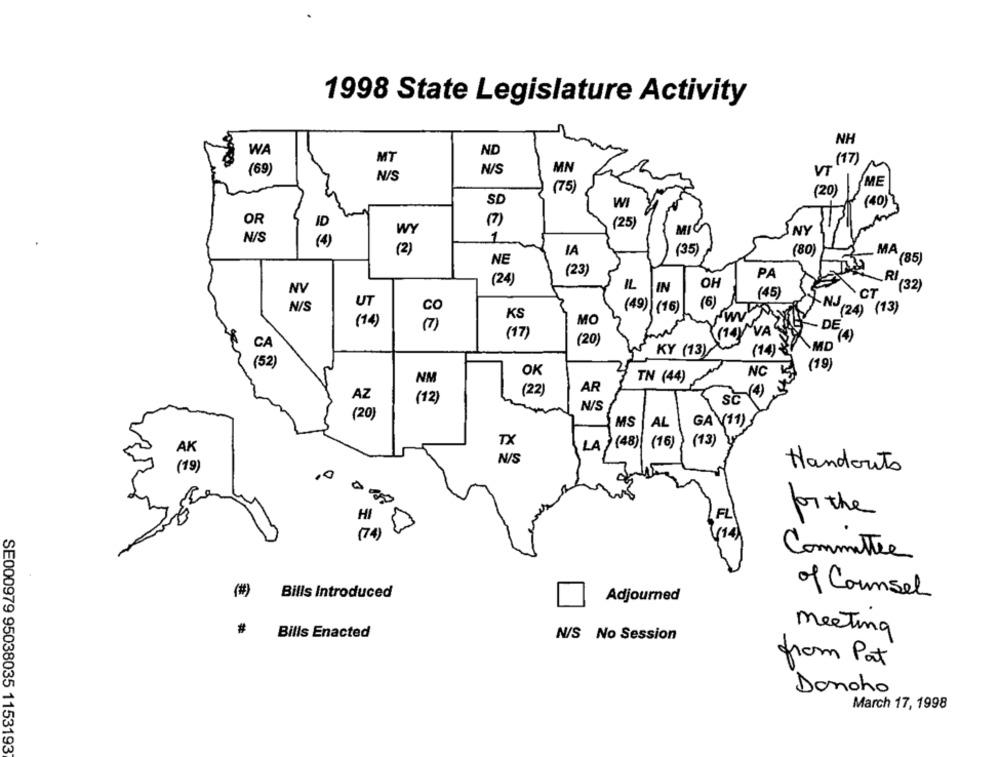
1998 State Legislature Activity
NH
WA
ND
(17)
MT
(69)
N/S
VT
N/S
IME
(75)
(20)
SD
WI
(40)
OR
ID
(25)
WY
MI
NY
N/S
(4)
1
(2)
(35)
(80)
MA
IA
NE
`(85)
(23)
(24)
PA
IL
OH
(32)
NV
IN
(45)
CT
(6)
N/S
co
(49) (16)
WV
NJ (24) (13)
( 14)
(7)
MO
NVA
- DE,
(14)
(4)
(20)
KY (13)
(14)
.MD
NC
(19)
OK
TN (44)
NM
(22)
AR
(4)
(12)
SC
N/S
(20)
MS
GA V(11)
AL
TX
LA (48) (16)
(13)
AK
N/S
(19)
Handouts
FL
for the
(74)
(14)
Committee
(#) Bills Introduced
Adjourned
of Counsel
Bills Enacted
N/S No Session
meeting
from Pat
Donoho
March 17, 1998
SE000979 95038035 11531937